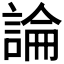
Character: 論